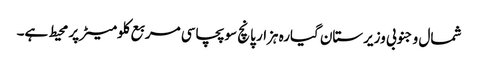
شمال و جنوبی وزیرستان گیارہ ہزار پانچ سو پچاسی مربع کلومیٹر پر محیط ہے۔